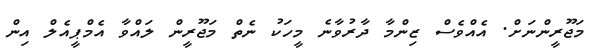
މަޖޫރީންނަށް. އެއްވެސް ޒިންމާ ދާރުވާނެ މީހަކު ނެތް މަޖޫރީން ލައްވާ އެމްޕީއެލް އިން